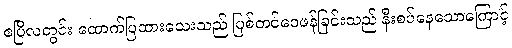
ဧပြီလတွင်း ထောက်ပြထားသေးသည် ပြစ်တင်ဝေဖန်ခြင်းသည် နီးစပ်နေသောကြောင့်